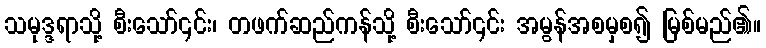
သမုဒ္ဒရာသို့ စီးသော်၎င်း၊ တဖက်ဆည်ကန်သို့ စီးသော်၎င်း အမွန်အစမှစ၍ မြစ်မည်၏။